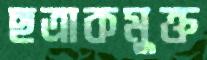
ছত্রাকমুক্ত